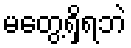
မတွေ့ရှိရဘဲ